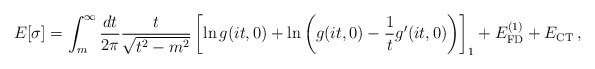
\begin{align*}E[\sigma]=\int_m^\infty\frac{dt}{2\pi}\frac{t}{\sqrt{t^2-m^2}}\left[\ln g(it,0)+\ln\left(g(it,0)-\frac{1}{t}g^\prime(it,0) \right)\right]_{1}+ E_{\rm FD}^{(1)} + E_{\rm CT}\, ,\end{align*}